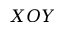
X O Y